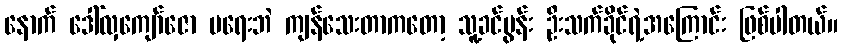
နောက် ဒေါ်လှကျော်ဇော မရေးဘဲ ကျန်သေးတာကတော့ သူ့ခင်ပွန်း ဦးသက်ခိုင်ရဲ့အကြောင်း ဖြစ်ပါတယ်။